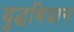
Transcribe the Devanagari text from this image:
युद्धभियान